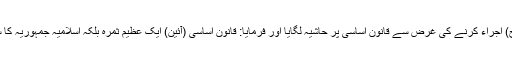
مرحوم امام خمینی (رح) اجراء کرنے کی غرض سے قانون اساسی پر حاشیہ لگایا اور فرمایا: قانون اساسی (آئین) ایک عظیم ثمرہ بلکہ اسلامیہ جمہوریہ کا سب سے بڑا نتیجہ ہے۔